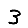
Digit: 3